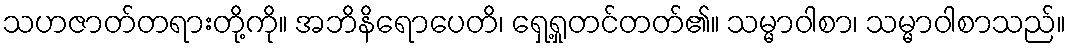
သဟဇာတ်တရားတို့ကို။ အဘိနိရောပေတိ၊ ရှေ့ရှုတင်တတ်၏။ သမ္မာဝါစာ၊ သမ္မာဝါစာသည်။